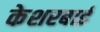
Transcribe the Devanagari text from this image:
केशरबाई